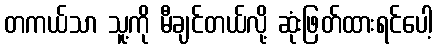
တကယ်သာ သူ့ကို မီချင်တယ်လို့ ဆုံးဖြတ်ထားရင်ပေါ့